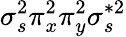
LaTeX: \sigma_{s}^{2}\pi_{x}^{2}\pi_{y}^{2}\sigma_{s}^{*2}